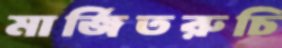
মার্জিতরুচি